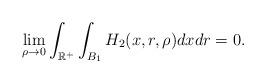
LaTeX: \begin{align*}\lim_{\rho\to 0} \int_{\mathbb{R}^+}\int_{B_1} H_2(x,r,\rho)dxdr=0. \end{align*}